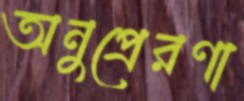
অনুপ্রেরণা